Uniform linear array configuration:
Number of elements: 8
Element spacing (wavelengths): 1
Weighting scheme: cosine
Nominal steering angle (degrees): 30
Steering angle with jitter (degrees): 29.94
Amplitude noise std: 0.05
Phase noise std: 0.05

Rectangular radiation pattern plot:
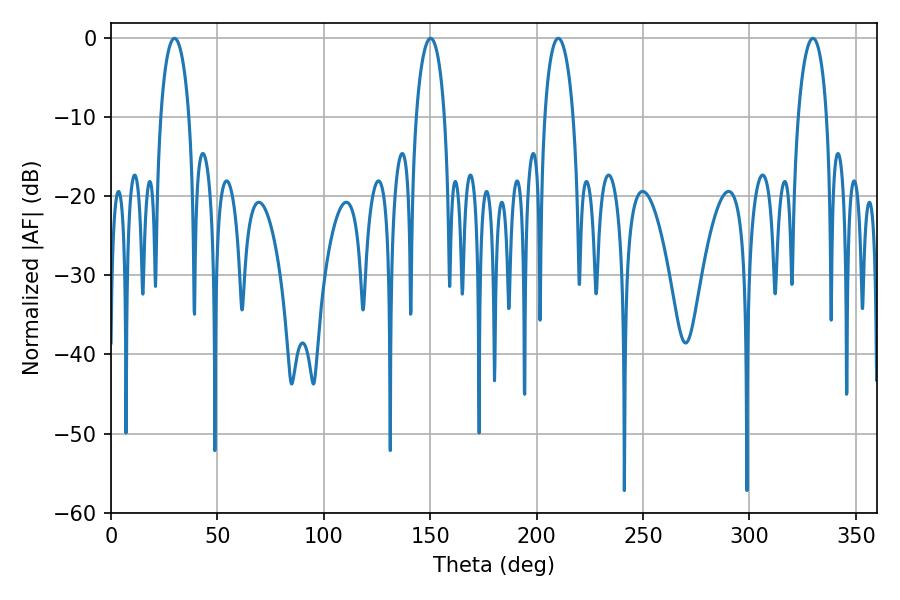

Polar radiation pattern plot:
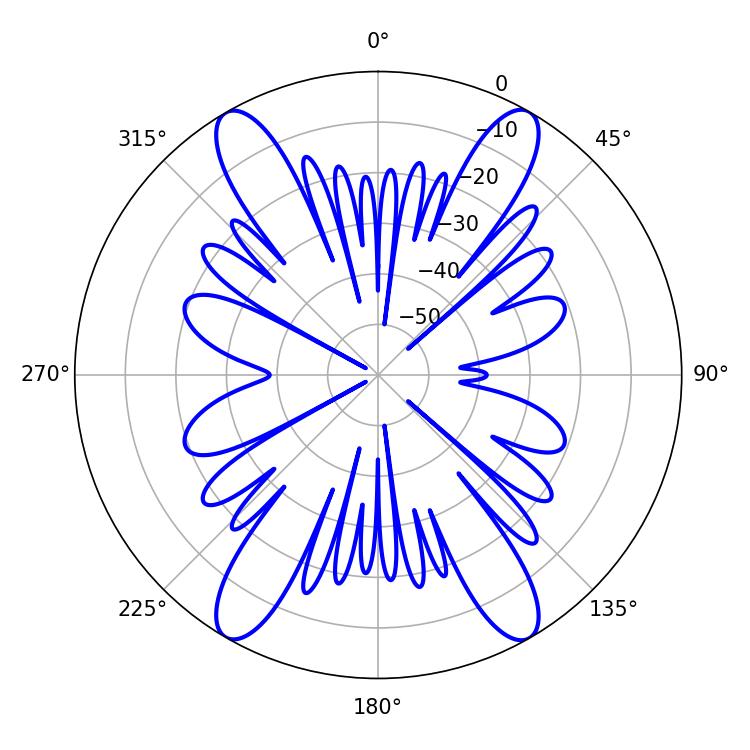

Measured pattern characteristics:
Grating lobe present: TRUE
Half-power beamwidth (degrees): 7.56
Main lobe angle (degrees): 29.88